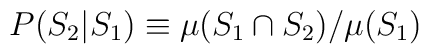
P(S_2|S_1)\equiv \mu(S_1\cap S_2)/\mu(S_1)